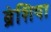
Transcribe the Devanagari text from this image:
ब्रेशिया